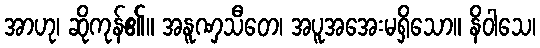
အာဟု၊ ဆိုကုန်၏။ အနူဏှသီတေ၊ အပူအအေးမရှိသော။ နိဝါသေ၊